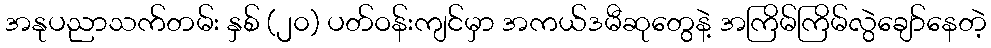
အနုပညာသက်တမ်း နှစ် (၂၀) ပတ်ဝန်းကျင်မှာ အကယ်ဒမီဆုတွေနဲ့ အကြိမ်ကြိမ်လွဲချော်နေတဲ့